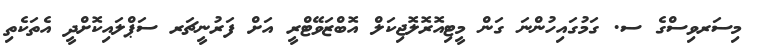
މިސަރވިސްގެ ސ. ގަމުގައިހުންނަ ގަން މީޓިއޮރޮލޮޖިކަލް އޮބްޒަވޭޓްރީ އަށް ފަރުނީޗަރ ސަޕްލައިކޮށްދީ އެތަކެތި